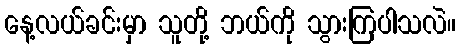
နေ့လယ်ခင်းမှာ သူတို့ ဘယ်ကို သွားကြပါသလဲ။